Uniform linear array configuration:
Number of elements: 4
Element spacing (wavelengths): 1
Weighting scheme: hann
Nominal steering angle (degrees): -45
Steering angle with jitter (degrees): -44.926
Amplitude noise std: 0.05
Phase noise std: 0.05

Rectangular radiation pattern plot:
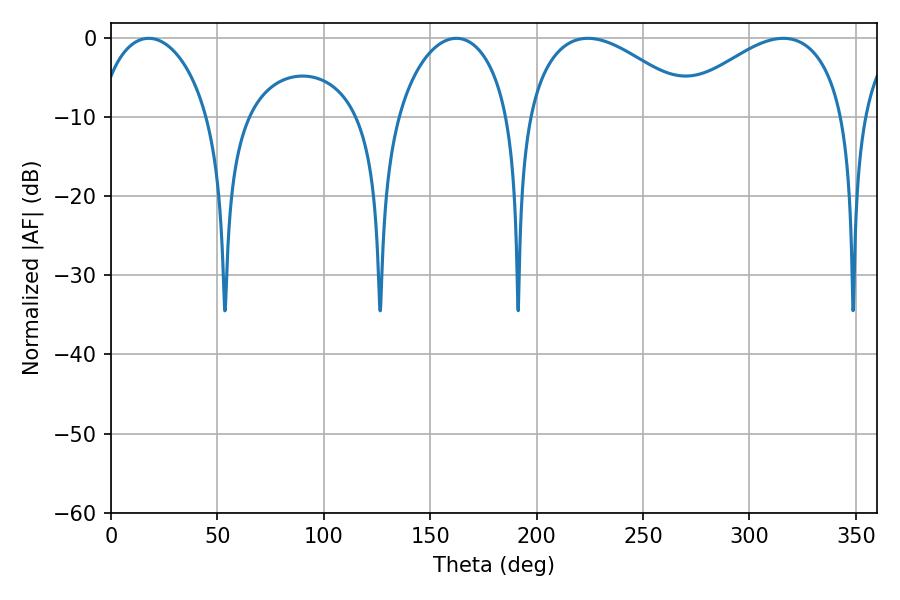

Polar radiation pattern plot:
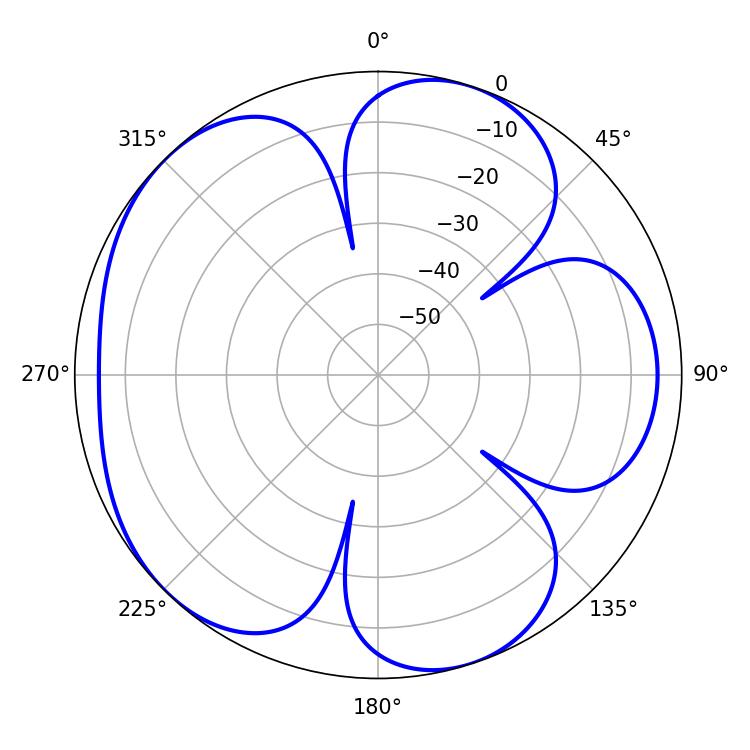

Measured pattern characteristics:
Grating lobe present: TRUE
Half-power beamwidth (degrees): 44.28
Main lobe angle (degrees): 224.1